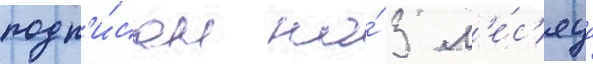
подп'и́сан на́ 3 м'е́с'яца